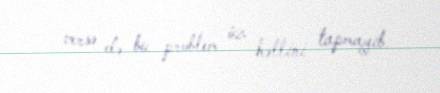
versə də bu problem öz həllini tapmayıb.